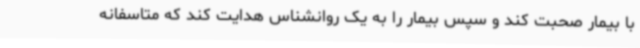
با بیمار صحبت کند و سپس بیمار را به یک روانشناس هدایت کند که متاسفانه